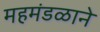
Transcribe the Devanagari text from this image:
महमंडळाने